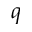
q